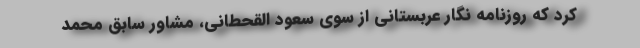
کرد که روزنامه نگار عربستانی از سوی سعود القحطانی،‌ مشاور سابق محمد